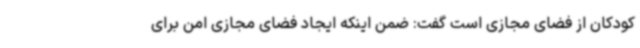
کودکان از فضای مجازی است گفت: ضمن اینکه ایجاد فضای مجازی امن برای